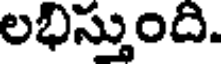
లభిస్తుంది.